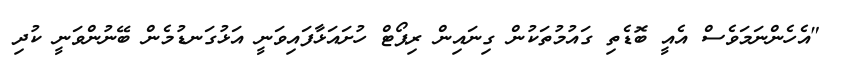
"އެހެންނަމަވެސް އެއީ ބޮޑެތި ގައުމުތަކުން ގިނައިން ރިޕޯޓް ހުށައަޅާފައިވަނީ އަޅުގަނޑުމެން ބޭނުންވަނީ ކުދި